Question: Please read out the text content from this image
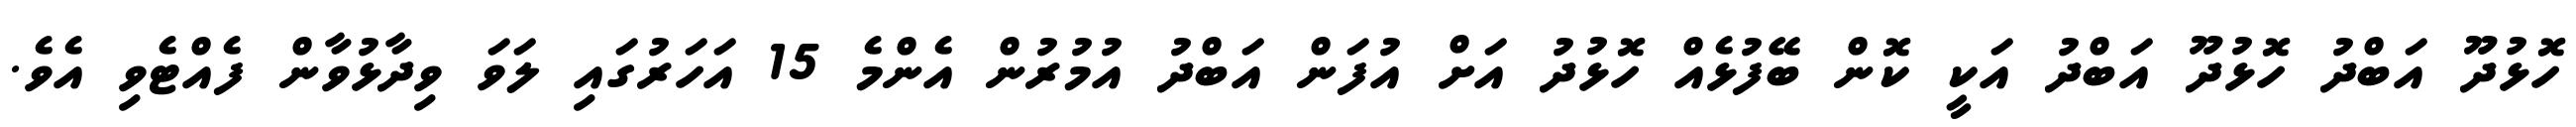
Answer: ހޮޅުދޫ އަބްދު ހޮޅުދޫ އަބްދު އަކީ ކޮން ބޭފުޅެއް ހޮޅުދު އަށް އުފަން އަބްދު އުމުރުން އެންމެ 15 އަހަރުގައި ލަވަ ވިދާޅުވާން ފެއްޓެވި އެވެ.